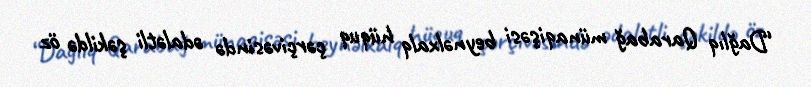
“Dağlıq Qarabağ münaqişəsi beynəlxalq hüquq çərçivəsində ədalətli şəkildə öz